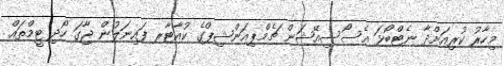
މިހާރު ކުރިއަށްދާ ނެޓްބޯޅަ އެސޯސިއޭޝަން ޗެމްޕިއަންޝިޕްގެ ކުއާޓާރ ފައިނަލުން ޖާގަ ހޯދި ޓީމްތައް